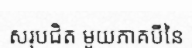
សរុបជិត មួយភាគបីនៃ